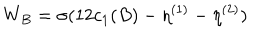
LaTeX: W _ { B } = \sigma ( 1 2 c _ { 1 } ( B ) - \eta ^ { ( 1 ) } - \eta ^ { ( 2 ) } )